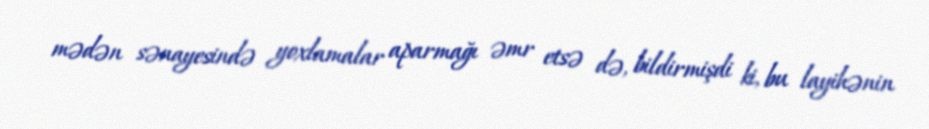
mədən sənayesində yoxlamalar aparmağı əmr etsə də, bildirmişdi ki, bu layihənin